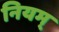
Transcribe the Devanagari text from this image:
नियम्